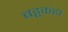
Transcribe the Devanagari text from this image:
बड्ढकहा